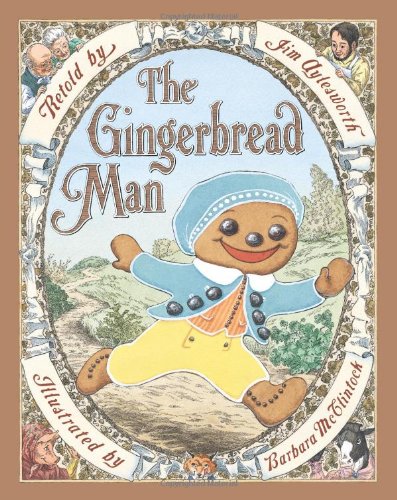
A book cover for The Gingerbread Man; Jim Aylesworth; Children's Books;